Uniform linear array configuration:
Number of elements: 12
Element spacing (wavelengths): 0.25
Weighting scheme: uniform
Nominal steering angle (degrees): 30
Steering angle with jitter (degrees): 30.97
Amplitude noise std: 0.05
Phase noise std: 0.05

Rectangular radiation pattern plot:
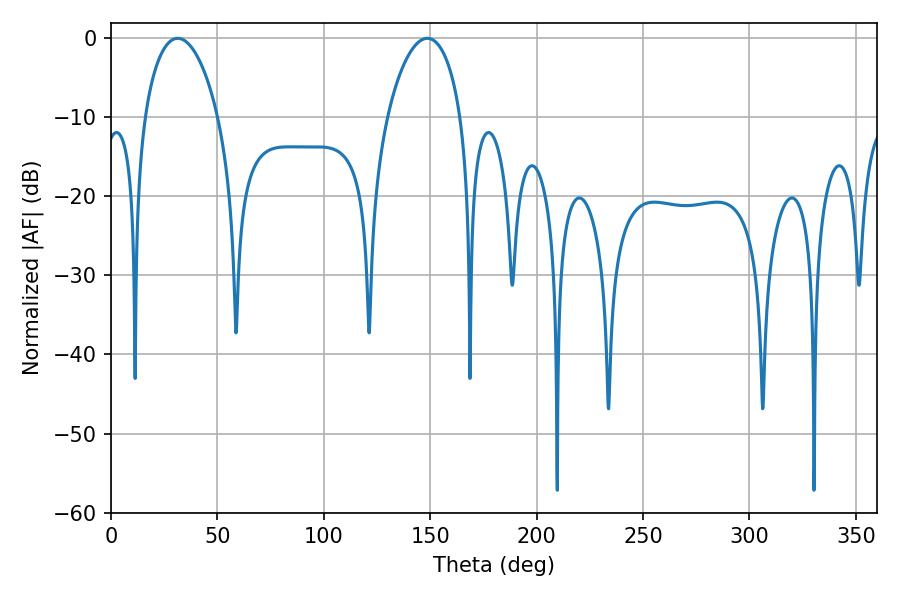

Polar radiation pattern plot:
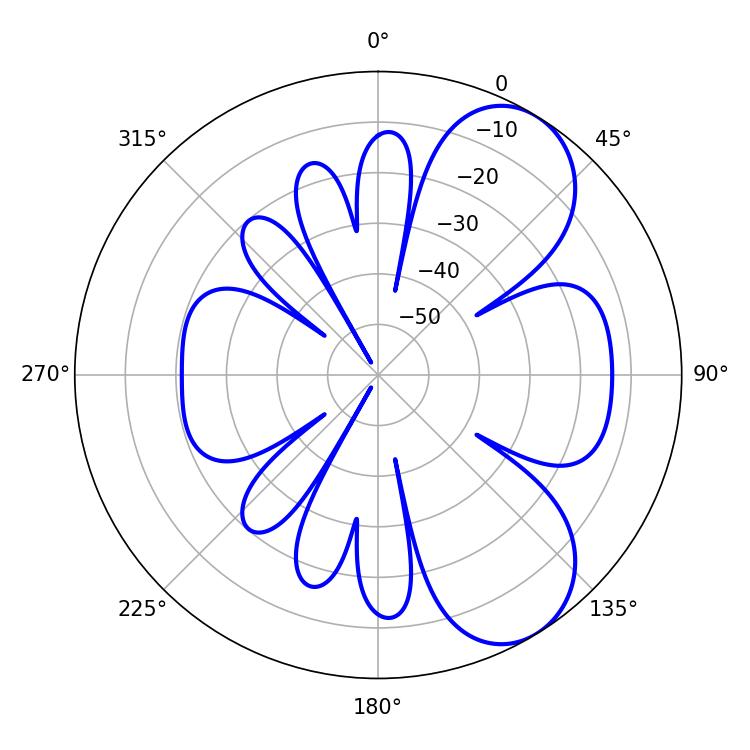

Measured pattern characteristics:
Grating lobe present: FALSE
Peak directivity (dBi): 6.988
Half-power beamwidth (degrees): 19.62
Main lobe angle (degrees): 31.32